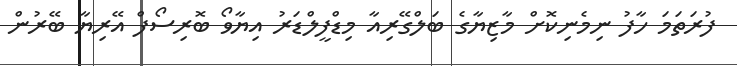
ފުރަތަމަ ހާފު ނިމެނިކޮށް މާޒިޔާގެ ބަލްގޭރިއާ މިޑްފީލްޑަރު އިޔާވޯ ބޮރިސޯފް އޭރިޔާ ބޭރުން